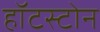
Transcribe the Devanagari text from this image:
हॉटस्टोन